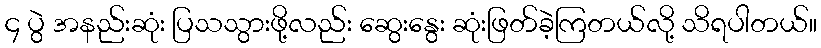
၄ ပွဲ အနည်းဆုံး ပြသသွားဖို့လည်း ဆွေးနွေး ဆုံးဖြတ်ခဲ့ကြတယ်လို့ သိရပါတယ်။